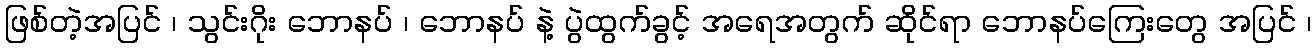
ဖြစ်တဲ့အပြင် ၊ သွင်းဂိုး ဘောနပ် ၊ ဘောနပ် နဲ့ ပွဲထွက်ခွင့် အရေအတွက် ဆိုင်ရာ ဘောနပ်ကြေးတွေ အပြင် ၊